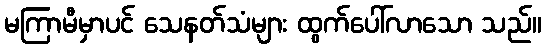
မကြာမီမှာပင် သေနတ်သံများ ထွက်ပေါ်လာသော သည်။